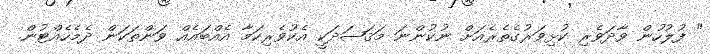
" ފުލުހުން ވާދަވެރި ކުޅިވަރުގެތެރެއަށް ނުކުންނަ މަޤަޞަދަކީ އެކުވެރިކަމާ އެއްބައެއް ވަންތަކަން ދެމެހެއްޓުން.